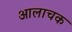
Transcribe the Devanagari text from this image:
आलाचक